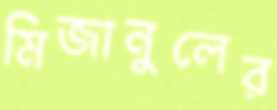
মিজানুলের